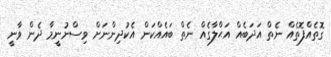
ގޮތެއްފޮތެއް ނެތް އަދަބެއް އަޙްލާގެއް ނެތް ބައެއްކަން އެކުދިންނަށް ވިސްނުނީމާ ދެން ވާނީ